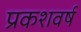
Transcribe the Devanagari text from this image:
प्रकशवर्ष